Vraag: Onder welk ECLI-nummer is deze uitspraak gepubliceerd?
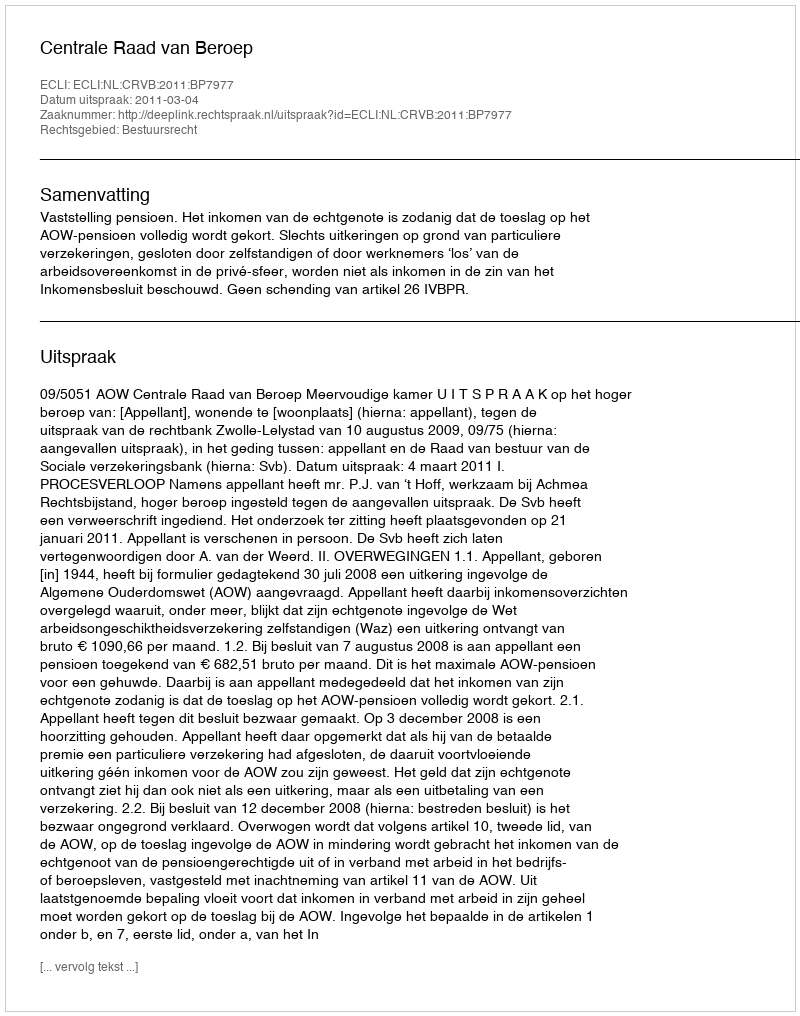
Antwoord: ECLI:NL:CRVB:2011:BP7977